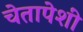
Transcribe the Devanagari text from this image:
चेतापेशीं